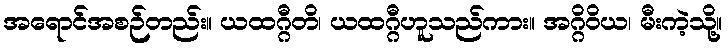
အရောင်အစဉ်တည်း။ ယထဂ္ဂီတိ၊ ယထဂ္ဂီဟူသည်ကား။ အဂ္ဂိဝိယ၊ မီးကဲ့သို့။